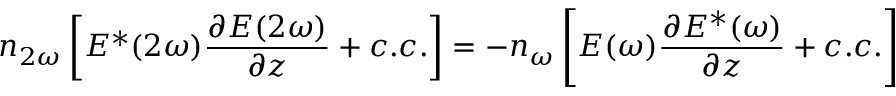
n _ { 2 \omega } \left[ E ^ { * } ( 2 \omega ) { \frac { \partial E ( 2 \omega ) } { \partial z } } + c . c . \right] = - n _ { \omega } \left[ E ( \omega ) { \frac { \partial E ^ { * } ( \omega ) } { \partial z } } + c . c . \right]